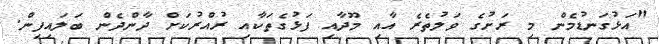
"އަޅުގަނޑުމެން މި ރަށުގެ ވަލުތެރެ އާއި މޫދާއި ފަޅުގެތަކާއި ރުއްރުކަށް ދާންދެން ބަލައިފިން.